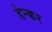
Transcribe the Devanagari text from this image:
डेन्कर